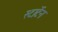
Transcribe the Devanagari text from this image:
स्टार्टेन